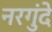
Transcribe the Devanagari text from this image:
नरगुंदे